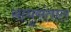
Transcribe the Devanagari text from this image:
साधुसंतात